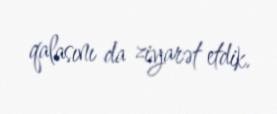
qalasını da ziyarət etdik.